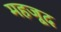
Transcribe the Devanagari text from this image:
महजूद